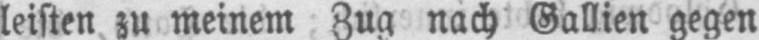
leisten zu meinem Zug nach Gallien gegen